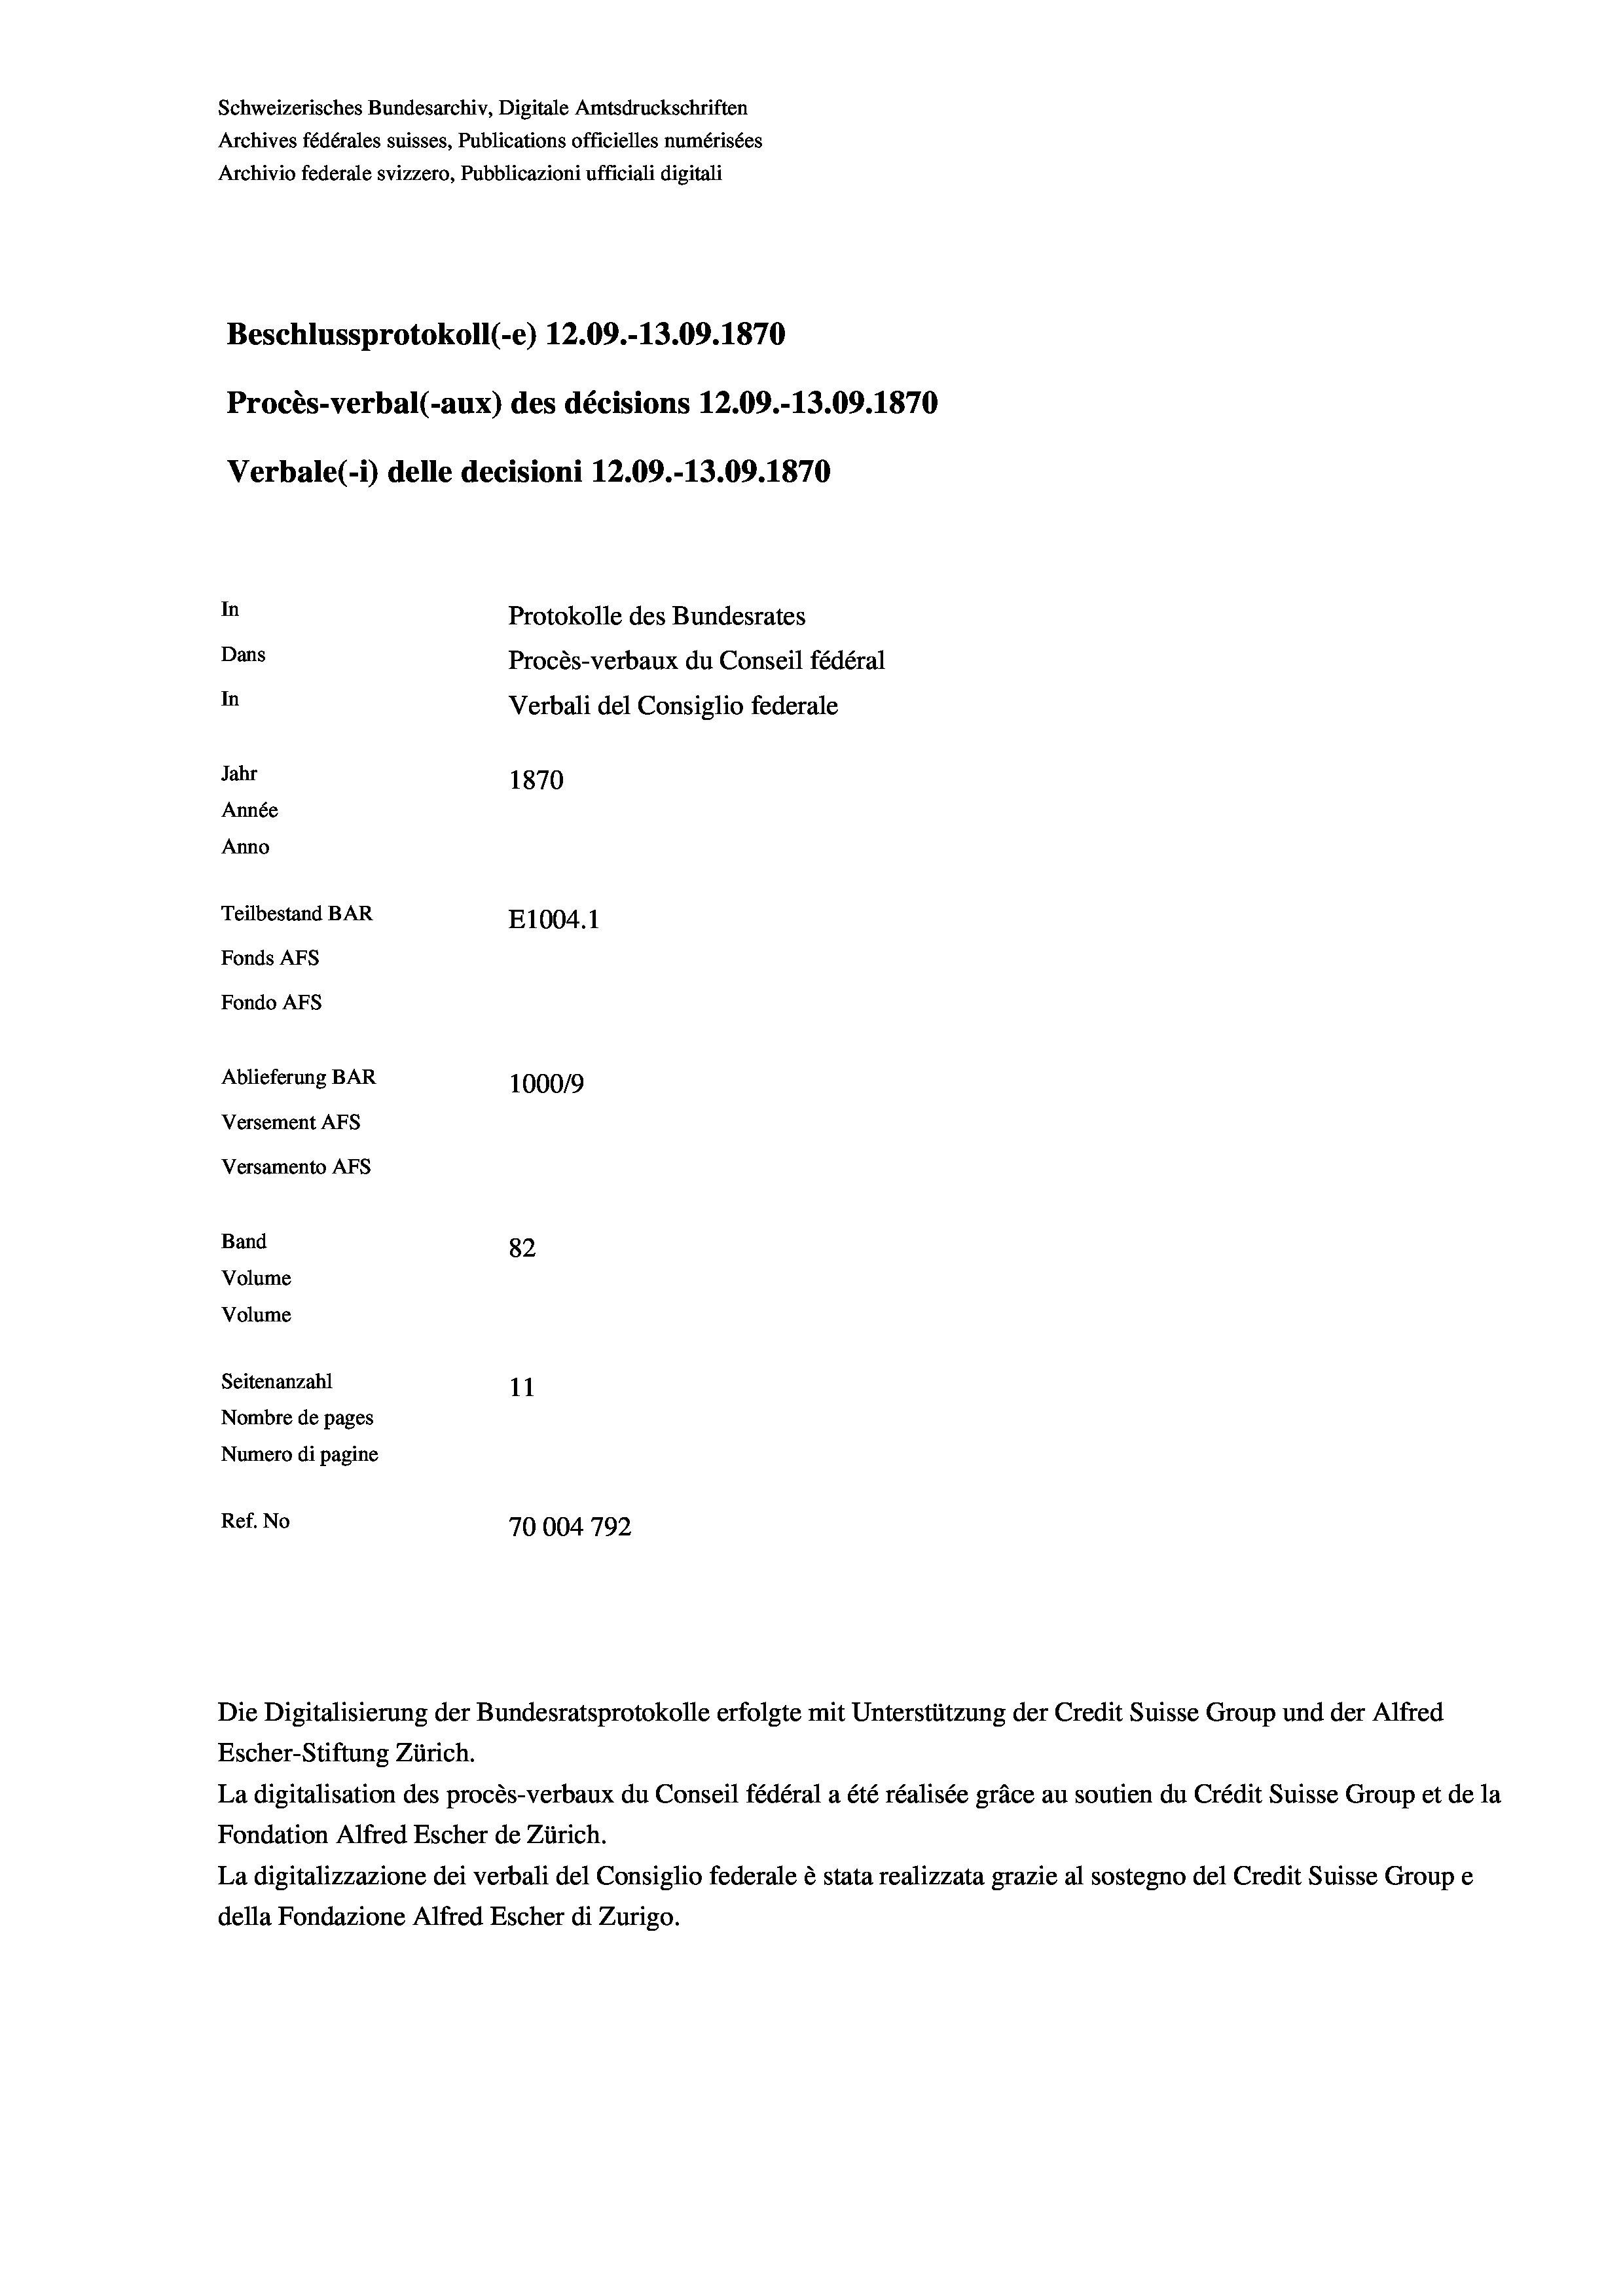
Schweizerisches Bundesarchiv, Digitale Amtsdruckschriften
Archives fédérales suisses, Publications officielles numérisées
Archivio federale svizzero, Pubblicazioni ufficiali digitali
Beschlussprotokoll (-e) 12.09.-13.09. 1870
Procès-verbal (-aux) des décisions 12.09.-13.09. 1870
Verbale (i) delle decisioni 12.09.-13.09. 1870
In
Protokolle des Bundesrates
Dans
Procès-verbaux du Conseil fédéral
In
Verbali del Consiglio federale
Jahr
1870
Année
Anno
Teilbestand BAR
E1004. 1
Fonds AFs
Fondo AFs
Ablieferung BAR
100019
Versement AFs
Versamento Afs
Band
82
Volume
Volume
Seitenanzahl
11
Nombre de pages
Numero di pagine
Ref. No
70004792

Die Digitalisierung der Bundesratsprotokolle erfolgte mit Unterstützung der Credit Suisse Group und der Alfred

Escher-Stiftung Zürich.
La digitalisation des procès-verbaux du Conseil fédéral a été réalisée gräce au soutien du Crédit Suisse Group et de la
Fondation Alfred Escher de Zürich.
La digitalizzazione dei verbali del Consiglio federale è stata realizzata grazie al sostegno del Credit Suisse Groupe
della Fondazione Alfred Escher di Zurigo.